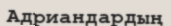
Адриандардың